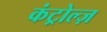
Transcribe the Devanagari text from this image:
कंट्रोल्ज़